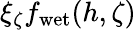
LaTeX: \xi_{\zeta}f_{\mathrm{wet}}(h,\zeta)